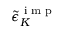
{ \tilde { \epsilon } } _ { K } ^ { \textrm { i m p } }